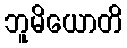
ဘူမိယောတိ